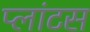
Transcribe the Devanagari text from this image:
प्लांटस